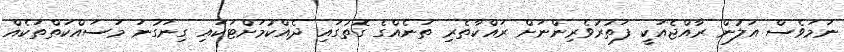
ނަމަވެސް އަލުން ރާއްޖެއަކީ ފަތުރުވެރިންނަށް ރައްކާތެރި ތަނެއްގެ ގޮތުގައި ދެއްކުމަށްޓަކައި ގިނަގުނަ މަސައްކަތްތަކެއް